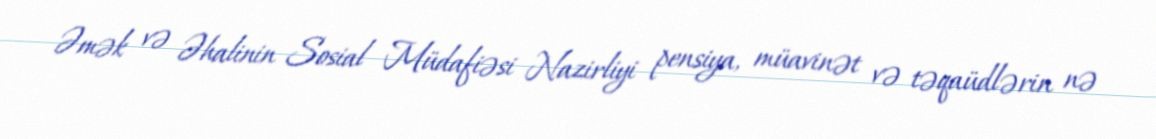
Əmək və Əhalinin Sosial Müdafiəsi Nazirliyi pensiya, müavinət və təqaüdlərin nə